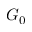
G _ { 0 }